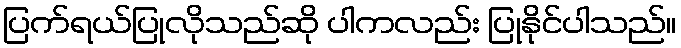
ပြက်ရယ်ပြုလိုသည်ဆို ပါကလည်း ပြုနိုင်ပါသည်။